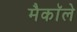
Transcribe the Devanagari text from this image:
मैकाॅले